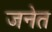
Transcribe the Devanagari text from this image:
जनेत